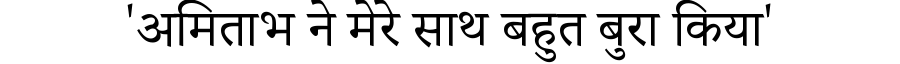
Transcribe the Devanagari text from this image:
'अमिताभ ने मेरे साथ बहुत बुरा किया'